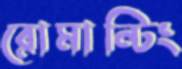
রোমান্টিং